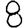
Digit: 8